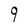
Character: 9